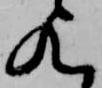
歟